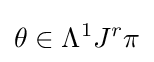
\theta \in \Lambda ^{1}J^{r}\pi